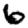
Digit: 6